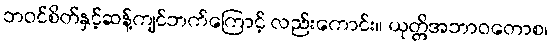
ဘဝင်စိတ်နှင့်ဆန့်ကျင်ဘက်ကြောင့် လည်းကောင်း။ ယုတ္တိအဘာဝတောစ၊